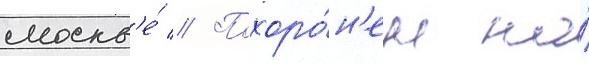
москв'е́ // Похоро́н'ен на́